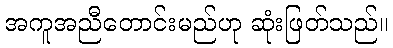
အကူအညီတောင်းမည်ဟု ဆုံးဖြတ်သည်။